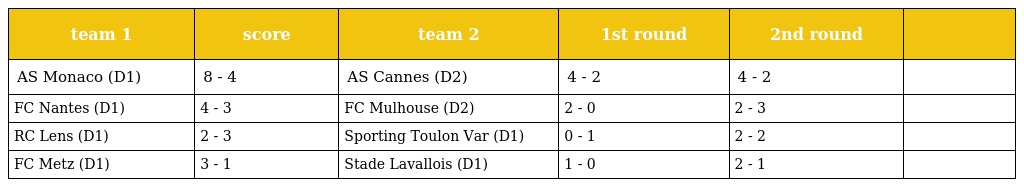
| team 1 | score | team 2 | 1st round | 2nd round |  |
 | --- | --- | --- | --- | --- | --- |
 | AS Monaco (D1) | 8 - 4 | AS Cannes (D2) | 4 - 2 | 4 - 2 |  |
 | FC Nantes (D1) | 4 - 3 | FC Mulhouse (D2) | 2 - 0 | 2 - 3 |  |
 | RC Lens (D1) | 2 - 3 | Sporting Toulon Var (D1) | 0 - 1 | 2 - 2 |  |
 | FC Metz (D1) | 3 - 1 | Stade Lavallois (D1) | 1 - 0 | 2 - 1 |  |